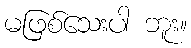
မဖြစ်သေးပါ ဘူး။